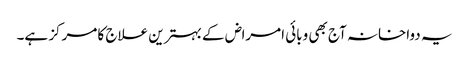
یہ دواخانہ آج بھی وبائی امراض کے بہترین علاج کا مرکز ہے۔